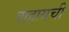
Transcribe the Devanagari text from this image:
वाहायची